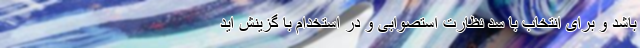
باشد و برای انتخاب با سد نظارت استصوابی و در استخدام با گزینش اید